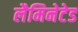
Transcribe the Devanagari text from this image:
लैमिनेटेड